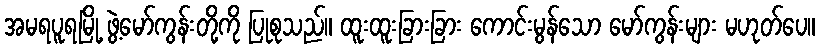
အမရပူရမြို့ ဖွဲ့မော်ကွန်းတို့ကို ပြုစုသည်။ ထူးထူးခြားခြား ကောင်းမွန်သော မော်ကွန်းများ မဟုတ်ပေ။